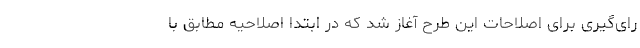
رای‌گیری برای اصلاحات این طرح آغاز شد که در ابتدا اصلاحیه مطابق با